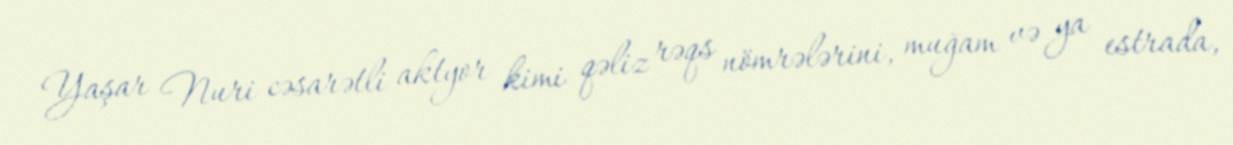
Yaşar Nuri cəsarətli aktyor kimi qəliz rəqs nömrələrini, muğam və ya estrada,